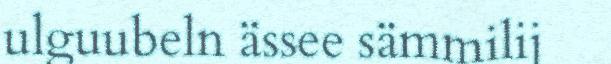
ulguubeln ässee sämmilij